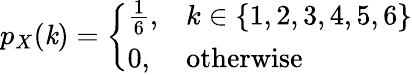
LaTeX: p_{X}(\mathit{k})={\left\{ \begin{array}{ll}{{\frac{1}{6}},}&{k\in\{ 1,2,3,4,5,6\} }\\ {0,}&{{\mathrm{otherwise}}}\end{array}\right.}